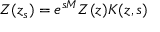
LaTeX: Z ( z _ { s } ) = e ^ { s M } Z ( z ) K ( z , s )